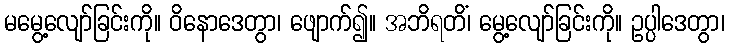
မမွေ့လျော်ခြင်းကို။ ဝိနောဒေတွာ၊ ဖျောက်၍။ အဘိရတိံ၊ မွေ့လျော်ခြင်းကို။ ဥပ္ပါဒေတွာ၊